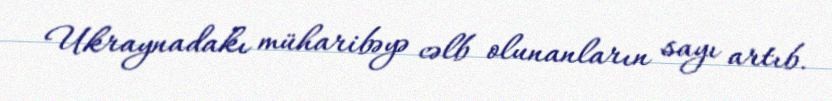
Ukraynadakı müharibəyə cəlb olunanların sayı artıb.